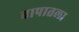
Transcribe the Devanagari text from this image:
बापातला